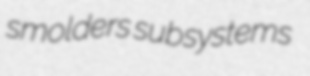
smolders subsystems